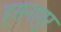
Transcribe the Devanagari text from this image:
हसनापुर